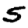
Digit: 5